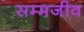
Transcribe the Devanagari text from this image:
सम्मजीव